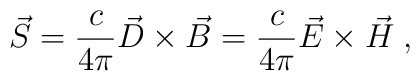
\vec{S} = \frac{c}{4 \pi} \vec{D} \times \vec{B} =  \frac{c}{4 \pi} \vec{E} \times \vec{H} \;,